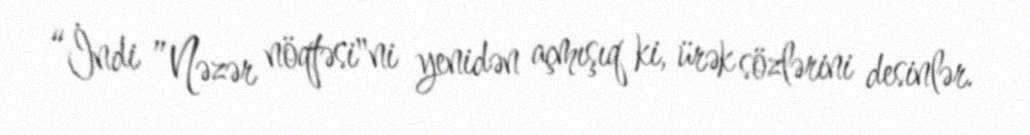
“İndi ”Nəzər nöqtəsi"ni yenidən açmışıq ki, ürək sözlərini desinlər.